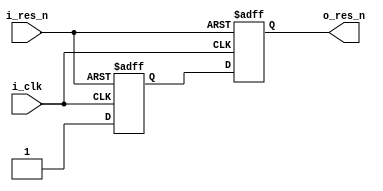
// This program was cloned from: https://github.com/kingyoPiyo/PPS-PhaseMonitor
// License: MIT License

module reset_gen (
    input   wire    i_clk,
    input   wire    i_res_n,
    output  wire    o_res_n
);

    reg r_ff1;
    reg r_ff2;

    always @(posedge i_clk or negedge i_res_n) begin
        if (~i_res_n) begin
            r_ff1 <= 1'b0;
            r_ff2 <= 1'b0;
        end else begin
            r_ff1 <= 1'b1;
            r_ff2 <= r_ff1;
        end
    end
    assign o_res_n = r_ff2;

endmodule